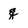
Character: q